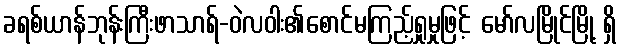
ခရစ်ယာန်ဘုန်းကြီးဖာသာရ်-ဝဲလဝါး၏စောင်မကြည့်ရှုမှုဖြင့် မော်လမြိုင်မြို့ ရှိ